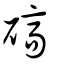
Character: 碻